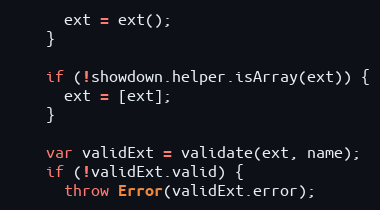
Language: JavaScript
      ext = ext();
    }

    if (!showdown.helper.isArray(ext)) {
      ext = [ext];
    }

    var validExt = validate(ext, name);
    if (!validExt.valid) {
      throw Error(validExt.error);